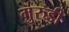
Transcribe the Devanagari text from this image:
मुरुडी